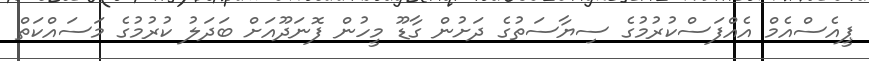
ޕީއެސްއެމް އެއްފަސްކުރުމުގެ ސިޔާސަތުގެ ދަށުން ގާޑޫ މީހުން ފޮނަދޫއަށް ބަދަލު ކުރުމުގެ މަސައްކަތް